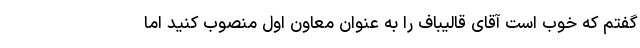
گفتم که خوب است آقای قالیباف را به عنوان معاون اول منصوب کنید اما